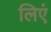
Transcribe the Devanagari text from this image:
लिएं